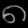
Digit: ၈